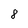
Character: 8